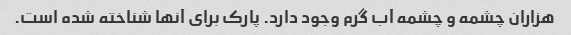
هزاران چشمه و چشمه آب گرم وجود دارد. پارک برای آنها شناخته شده است.